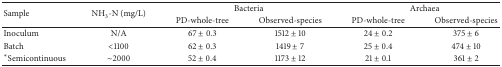
<table><thead><tr><td rowspan="2"><b>Sample</b></td><td rowspan="2"><b>NH<sub>3</sub>-N (mg/L)</b></td><td colspan="2"><b>Bacteria</b></td><td colspan="2"><b>Archaea</b></td></tr><tr><td><b>PD-whole-tree</b></td><td><b>Observed-species</b></td><td><b>PD-whole-tree</b></td><td><b>Observed-species</b></td></tr></thead><tbody><tr><td>Inoculum</td><td>N/A</td><td>67 ± 0.3</td><td>1512 ± 10</td><td>24 ± 0.2</td><td>375 ± 6</td></tr><tr><td>Batch</td><td>&lt;1100</td><td>62 ± 0.3</td><td>1419 ± 7</td><td>25 ± 0.4</td><td>474 ± 10</td></tr><tr><td><sup><i>∗</i></sup>Semicontinuous</td><td>~2000</td><td>52 ± 0.4</td><td>1173 ± 12</td><td>21 ± 0.1</td><td>361 ± 2</td></tr></tbody></table>